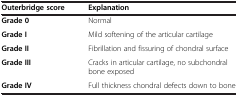
| Outerbridge score | Explanation |
 | --- | --- |
 | Grade 0 | Normal |
 | Grade I | Mild softening of the articular cartilage |
 | Grade II | Fibrillation and fissuring of chondral surface |
 | Grade III | Cracks in articular cartilage, no subchondral bone exposed |
 | Grade IV | Full thickness chondral defects down to bone |